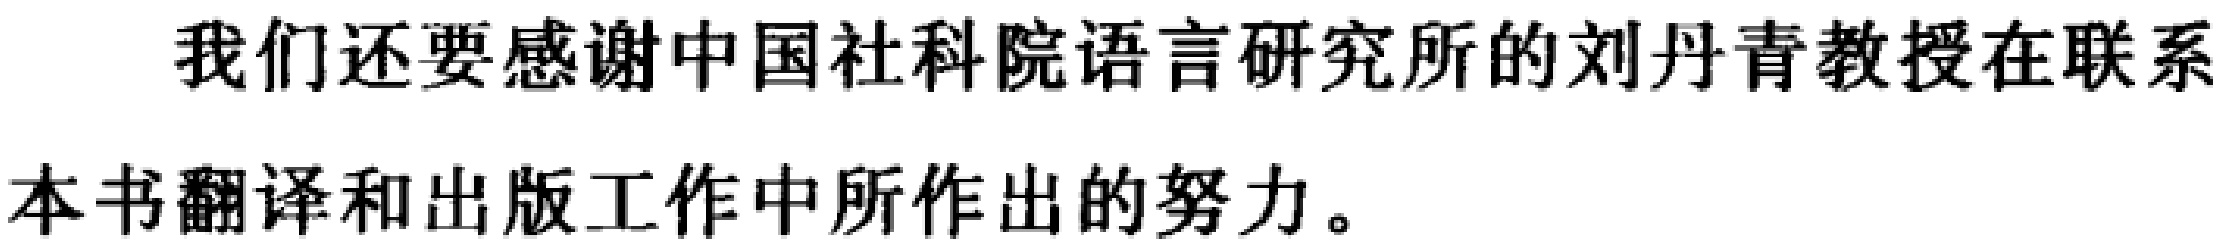
我们还要感谢中国社科院语言研究所的刘丹青教授在联系本书翻译和出版工作中所作出的努力。